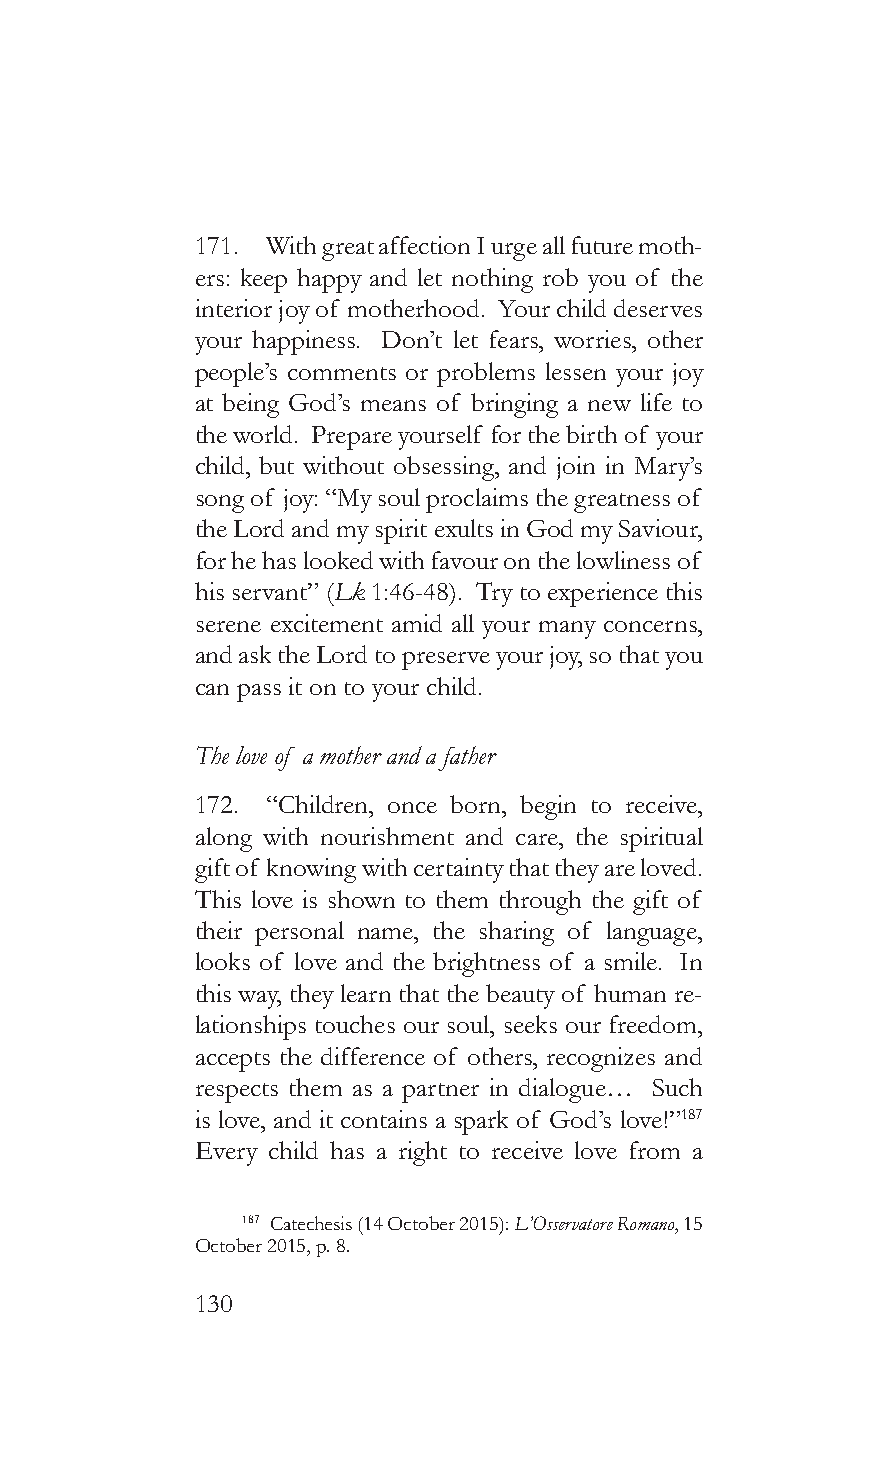
171. With great affection I urge all future moth-
 ers: keep happy and let nothing rob you of the
 interior joy of motherhood. Your child deserves
 your happiness. Don’t let fears, worries, other
 people’s comments or problems lessen your joy
 at being God’s means of bringing a new life to
 the world. Prepare yourself for the birth of your
 child, but without obsessing, and join in Mary’s
 song of joy: “My soul proclaims the greatness of
 the Lord and my spirit exults in God my Saviour,
 for he has looked with favour on the lowliness of
 his servant” (Lk 1:46-48). Try to experience this
 serene excitement amid all your many concerns,
 and ask the Lord to preserve your joy, so that you
 can pass it on to your child.
 The love of a mother and a father
 172. “Children, once born, begin to receive,
 along with nourishment and care, the spiritual
 gift of knowing with certainty that they are loved.
 This love is shown to them through the gift of
 their personal name, the sharing of language,
 looks of love and the brightness of a smile. In
 this way, they learn that the beauty of human re-
 lationships touches our soul, seeks our freedom,
 accepts the difference of others, recognizes and
 respects them as a partner in dialogue… Such
 is love, and it contains a spark of God’s love!”187
 Every child has a right to receive love from a
 187 Catechesis (14 October 2015): L’Osservatore Romano, 15
 October 2015, p. 8.
 130